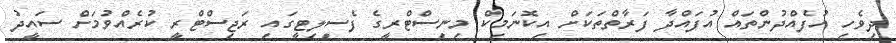
ދިވެހި އުފެއްދުންތައް އުފައްދާ ފަރާތްތަކަށް އިކޮނަމިކް މިނިސްޓްރީގެ ފެސިލިޓީގައި ރަޖިސްޓްރީ ކުރެއްވުމަށް ސައީދު